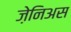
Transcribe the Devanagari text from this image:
ज़ेनिअस